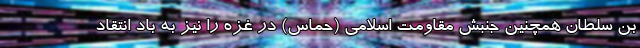
بن سلطان همچنین جنبش مقاومت اسلامی (حماس) در غزه را نیز به باد انتقاد